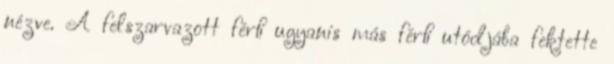
nézve. A felszarvazott férﬁ ugyanis más férﬁ utódjába fektette